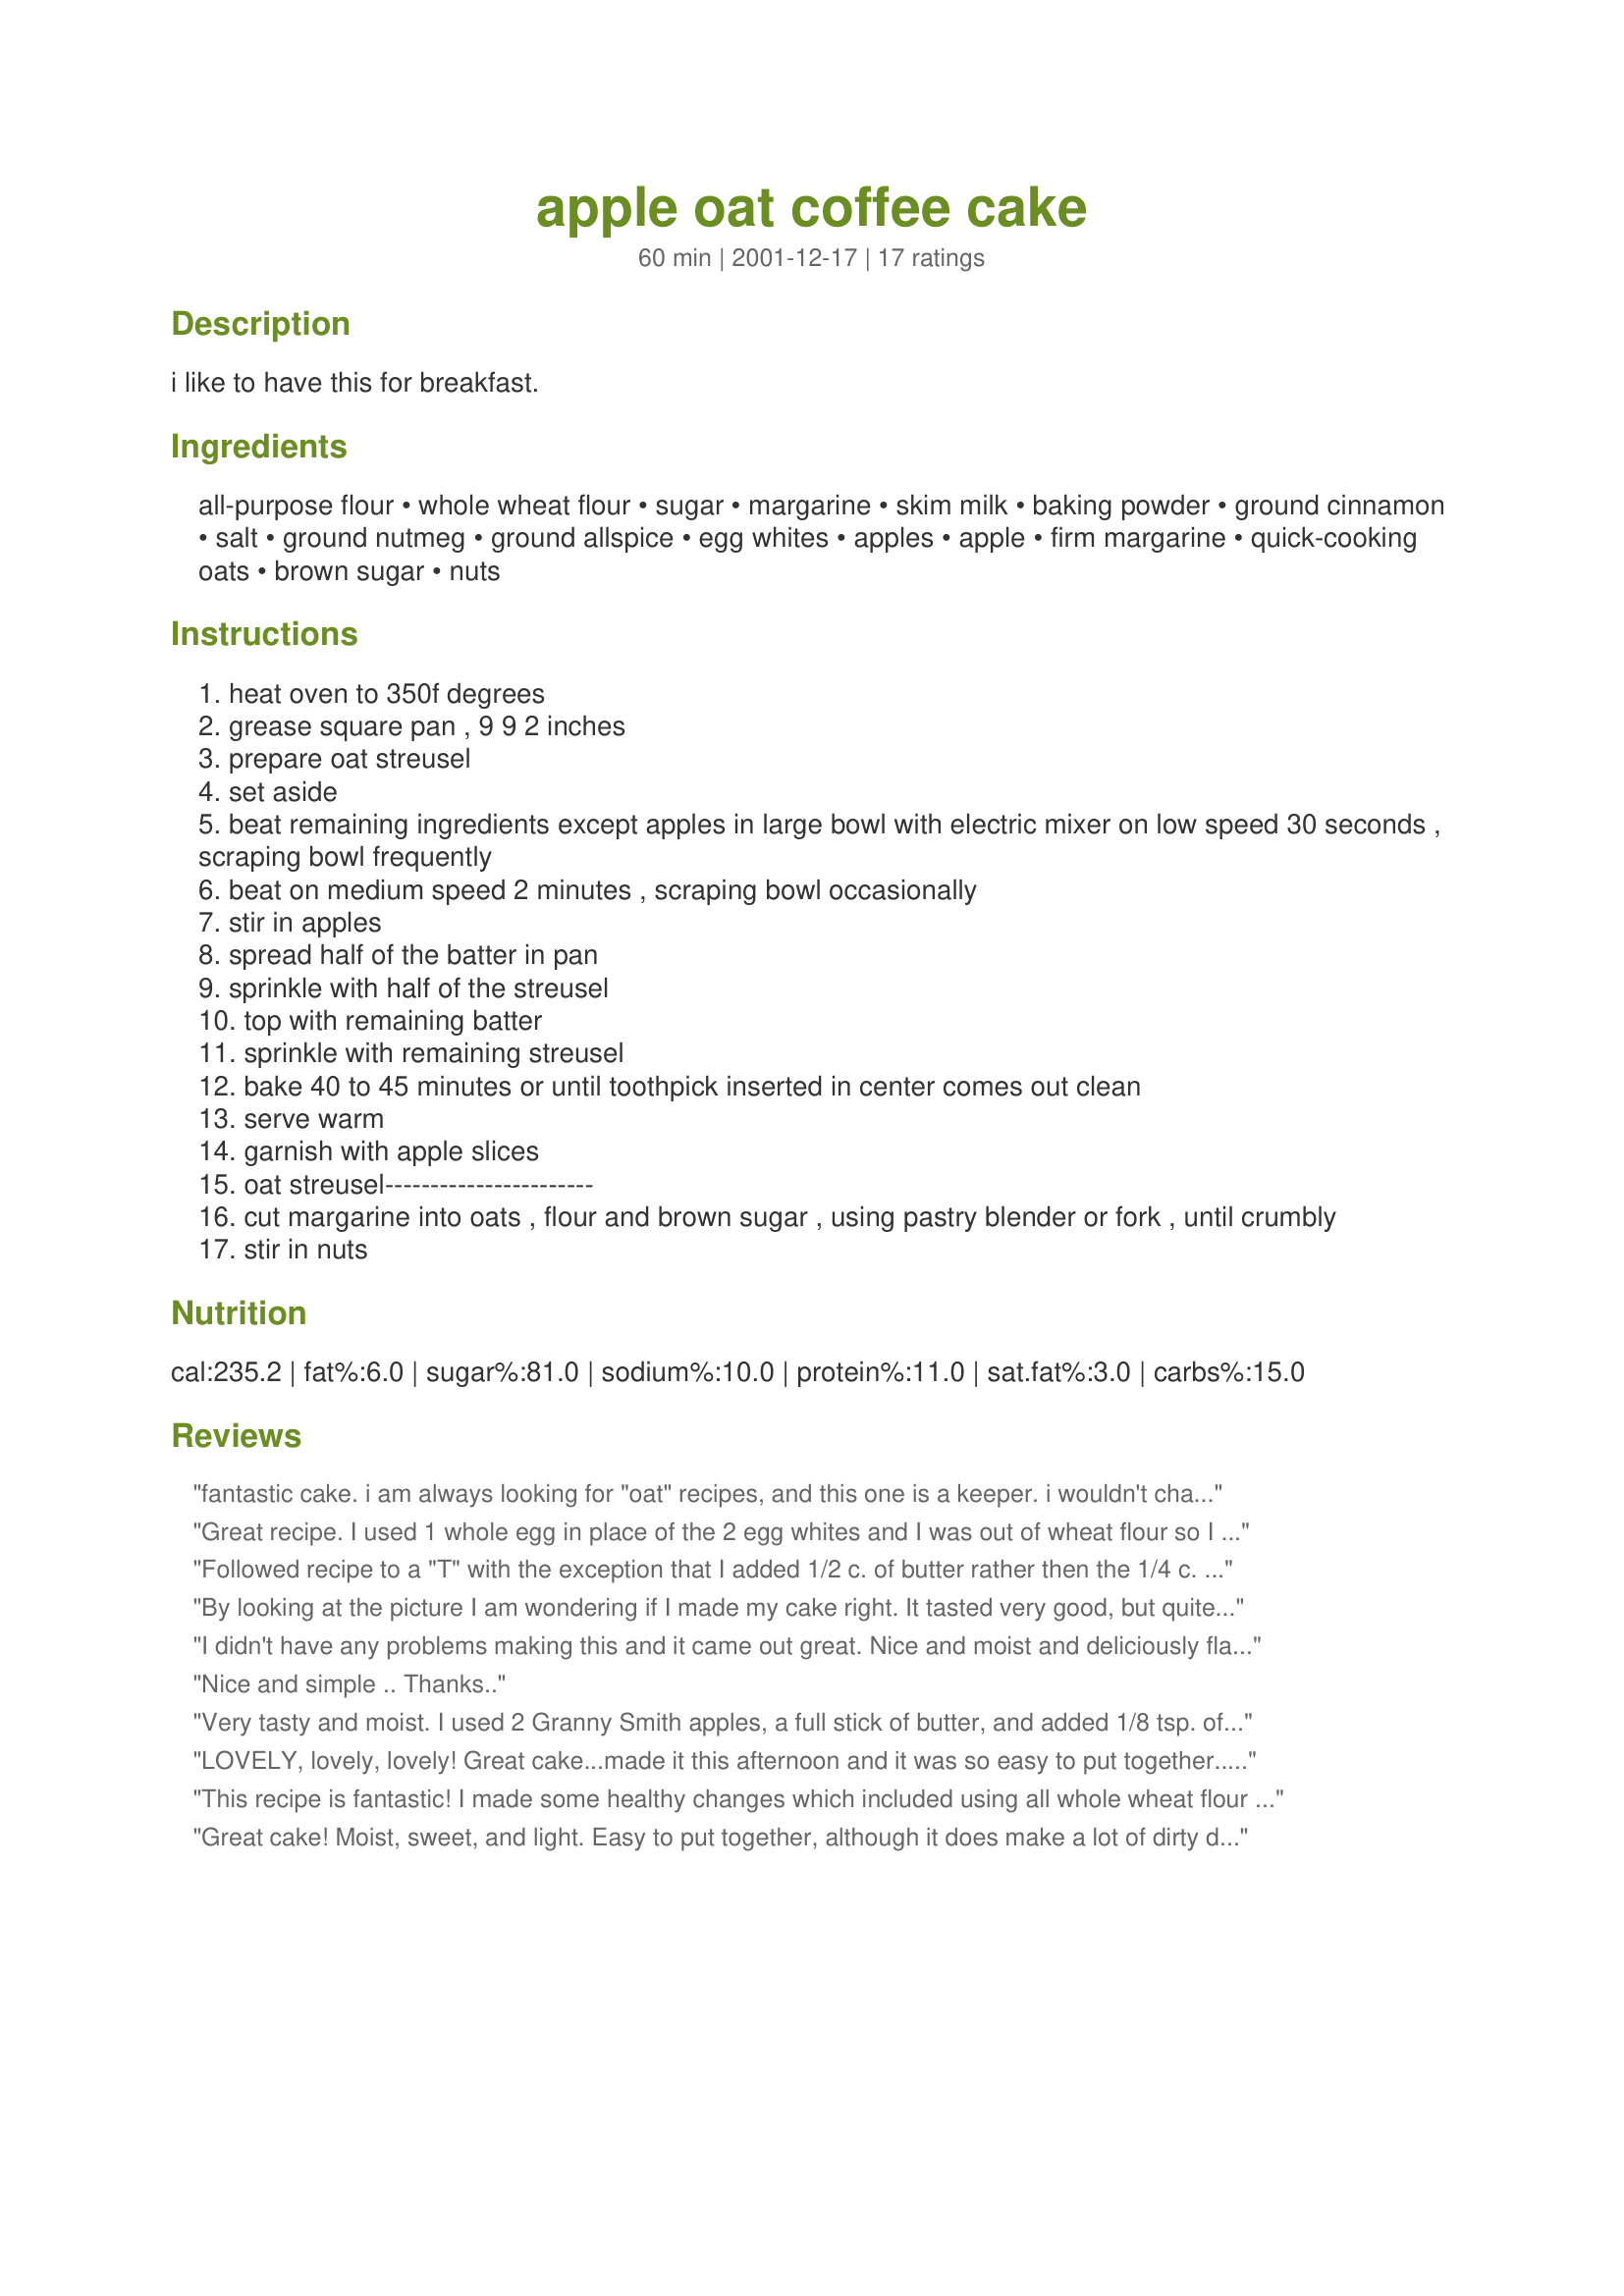
apple oat coffee cake
Preparation time: 60 minutes

i like to have this for breakfast.

Ingredients:
all-purpose flour, whole wheat flour, sugar, margarine, skim milk, baking powder, ground cinnamon, salt, ground nutmeg, ground allspice, egg whites, apples, apple, firm margarine, quick-cooking oats, brown sugar, nuts

Steps:
heat oven to 350f degrees
grease square pan , 9 9 2 inches
prepare oat streusel
set aside
beat remaining ingredients except apples in large bowl with electric mixer on low speed 30 seconds , scraping bowl frequently
beat on medium speed 2 minutes , scraping bowl occasionally
stir in apples
spread half of the batter in pan
sprinkle with half of the streusel
top with remaining batter
sprinkle with remaining streusel
bake 40 to 45 minutes or until toothpick inserted in center comes out clean
serve warm
garnish with apple slices
oat streusel-----------------------
cut margarine into oats , flour and brown sugar , using pastry blender or fork , until crumbly
stir in nuts

Reviews:
fantastic cake. i am always looking for "oat" recipes, and this one is a keeper. i wouldn't change a thing, perfect cake.
Great recipe. I used 1 whole egg in place of the 2 egg whites and I was out of wheat flour so I substituted oat flour (made by putting oatmeal in a blender/chopper until it turns to powder). I didn't have any nuts and I didn't bother to peal the apples I just chopped them real fine in a food chopper. I baked this last night and it is gone already.
Followed recipe to a "T" with the exception that I added 1/2 c. of butter rather then the 1/4 c. called for. I goofed. Oh well. It was scrumptious anyway. The kids loved it for breakfast. A definite do-againer. Thanks Mirj!
By looking at the picture I am wondering if I made my cake right. It tasted very good, but quite frankly did not look like the picture. My husband said it was good. I served it with whip cream. I will try this again and see if it turns out like the picture.
I didn't have any problems making this and it came out great. Nice and moist and deliciously flavored. I loved the nuts and thought they added so much to the overall flavor of the oats and apples. I did substitute Splenda for the sugar and it worked out fine. I love having new things for breakfast and this will be a nice addition to my morning munchies!
Nice and simple .. Thanks..
Very tasty and moist. I used 2 Granny Smith apples, a full stick of butter, and added 1/8 tsp. of ground cloves since I was out of allspice. I also used whole wheat pastry flour. I made it the night before and baked it in the morning, and it turned out great. Delicious and easy - this coffee cake is just right for fall!
LOVELY, lovely, lovely! Great cake...made it this afternoon and it was so easy to put together..
Thanks so much for this keeper!
This recipe is fantastic! I made some healthy changes which included using all whole wheat flour and 1/4 cup oil and 1/2 cup applesauce instead of the margarine and also decreased the sugar to 1/3 of a cup. It smells and tastes great and will surely make again! Thanks Mirj!!
Great cake! Moist, sweet, and light. Easy to put together, although it does make a lot of dirty dishes. And very, very yummy! Next time I will probably double the nuts in the topping for even more crunch.

*I replaced the 3/4 cup sugar with 1/4 cup brown sugar and 1/2 cup Splenda with no ill effects.
There are several things here. Like the last reviewer, mine also doesn't look anything at all like the photo. The cake is moist, but the streusal is rather dry. Also, as a whole, I don't find that it has much flavor to it. For me it was kind of bland and blah, but my husband likes it a little bit more than me. I probably won't make this again, but thank you anyway.
Nice cake with lots and lots of tasty oat flavor. Now, I followed the recipe using only 1/4 cup butter, but mine turned out a tad dry, so maybe the alteration Heather U. and BothFex made of using a full stick is a good one. It wasn't floury or anything- just those oats suck up moisture, so it really cried out for a glass of milk or some tea. Flavor was good. I thought that it could have been a tad more appley. I also thought that the streusel seemed kind of dry. I think that I agree with Heather U. and that maybe some more brown sugar could be used in lieu of some of the oats. Its terribly sweet, but that makes it taste very "down home". Good hearty breakfast cake- a nice one for oat lovers- like I said before LOTS of oat flavor. Thanks Mirj.
I just made this, and it was a hit! Everyone in my family loved it. From reading the reviews, I decided to use 6 tbsp butter, and one whole egg and one egg white instead of the 2 whites, and it was really great! I went a little heavy on the apple as well, and I didn't find it dry at all. Thank you so much for the great recipe!
This tastes good. Better the second day though. My 2 year old son ate quite a bit of it. Worth a repeat.
Mirj, I made your delicious coffee cake for this morning's breakfast. What a treat. For the whole wheat flour, I used whole wheat pastry flour, and I added a bit of soy flour as well. I found that one large-ish McIntosh apple was the perfect size, and I used 1 stick of light butter and added 2 tsp of vanilla. I love the oat streusel and next time I think I'll replace 1/4 c of the oats with brown sugar to make it a bit sweeter. Thanks for posting your tasty coffee cake recipe. (P.S. I prepared this last night before bed, popped it in the refrigerator, and baked it this morning-- worked like a charm, which makes this a wonderful dish to serve overnight guests.)
This cake turned out scrumptiously and the recipe was very easy to follow!! In the cake, I replaced a bit of the flour with oats to add more fiber; for the filling, I used cream cheese instead of butter b/c I was runing low on butter but high on the cream cheese (turned out perfectly); used toasted almonds in the filling, added raisins to the cake, and put my new spice that I received from miller in also (cardamom) as I did not have all the spices. I also used 1 egg istead of just the egg whites. I will definantly be making this in the future!! thanks a lot Mirj!!
This is amazing - I made a few changes also and it turned out great. Substituted sucanat for the brown sugar and part of the white sugar, used all whole wheat pastry flour, and added 1/2 c maple syrup. Also used sour cream, a tsp of vanilla, and a pinch of baking soda - it is awesome.
